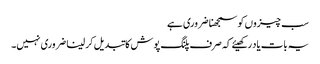
سب چیزوں کو سمجھنا ضروری ہے
یہ بات یاد رکھیئے کہ صرف پلنگ پوش کا تبدیل کر لینا ضروری نہیں۔